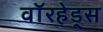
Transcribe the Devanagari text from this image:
वाॅरहेड्स